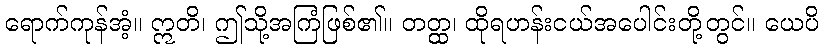
ရောက်ကုန်အံ့။ ဣတိ၊ ဤသို့အကြံဖြစ်၏။ တတ္ထ၊ ထိုရဟန်းငယ်အပေါင်းတို့တွင်။ ယေပိ